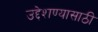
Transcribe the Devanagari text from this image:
उद्देशण्यासाठी